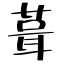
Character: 葺